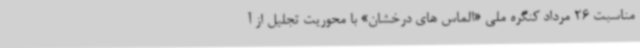
مناسبت 26 مرداد کنگره ملی «الماس های درخشان» با محوریت تجلیل از آ